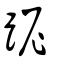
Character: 跜